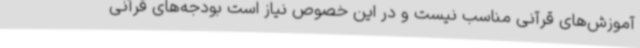
آموزش‌های قرآنی مناسب نیست و در این خصوص نیاز است بودجه‌های قرآنی